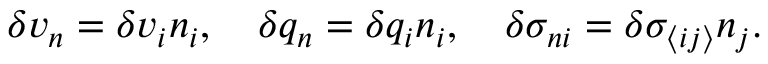
\delta v _ { n } = \delta v _ { i } n _ { i } , \quad \delta q _ { n } = \delta q _ { i } n _ { i } , \quad \delta \sigma _ { n i } = \delta \sigma _ { \langle i j \rangle } n _ { j } .